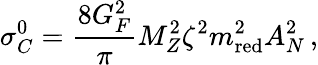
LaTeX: \sigma_{C}^{0}=\frac{8G_{F}^{2}}{\pi}M_{Z}^{2}\zeta^{2}m_{\mathrm{red}}^{2}A_{N}^{2}\, ,